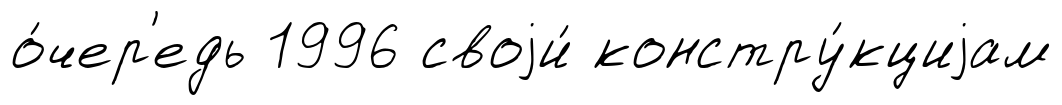
о́чер'едь 1996 своjи́ констру́кциjам